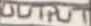
Text: OUTPUT